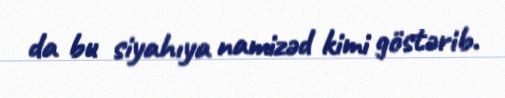
da bu siyahıya namizəd kimi göstərib.